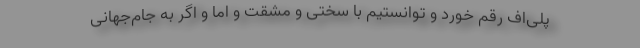
پلی‌اف رقم خورد و توانستیم با سختی و مشقت و اما و اگر به جام‌جهانی